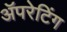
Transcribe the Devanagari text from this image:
ॲपरेटिंग